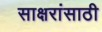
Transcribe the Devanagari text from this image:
साक्षरांसाठी